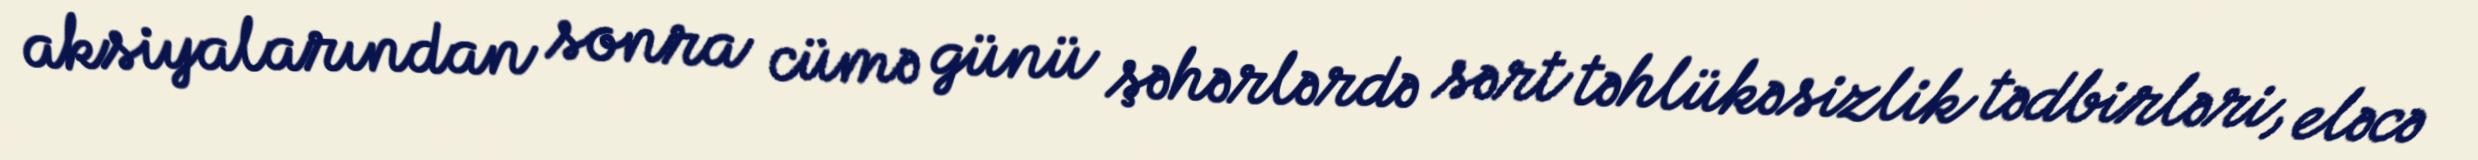
aksiyalarından sonra cümə günü şəhərlərdə sərt təhlükəsizlik tədbirləri, eləcə